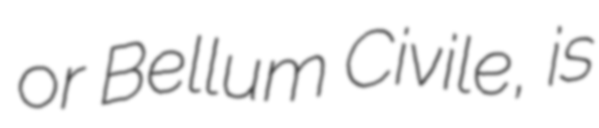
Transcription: or Bellum Civile, is